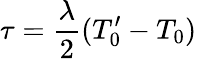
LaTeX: \tau=\frac{\lambda}{2}(T_{0}^{\prime}-T_{0})